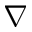
\nabla